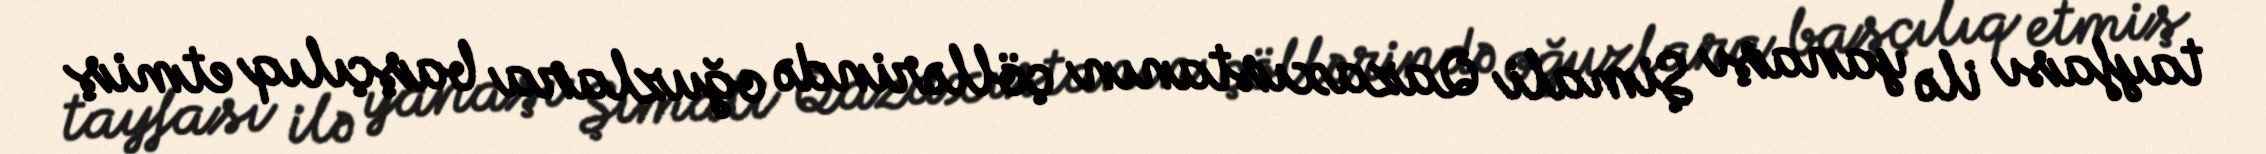
tayfası ilə yanaşı Şimali Qazaxıstanın çöllərində oğuzlara başçılıq etmiş